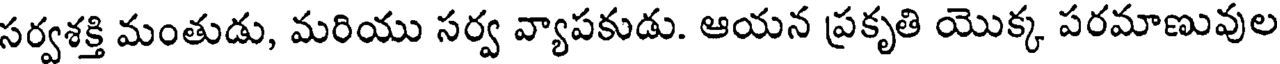
సర్వశక్తి మంతుడు, మరియు సర్వ వ్యాపకుడు. ఆయన ప్రకృతి యొక్క పరమాణువుల